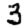
Digit: 3